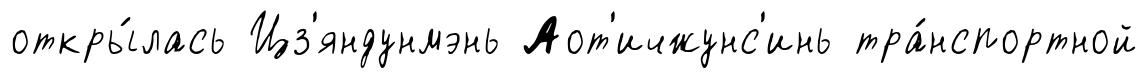
откры́лась Цз'яндунмэнь Аот'ичжунс'инь тра́нспортной